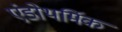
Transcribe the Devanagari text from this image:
एंडोथर्मिक